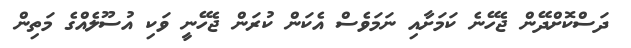
ދަސްކޮށްދޭން ޖެހޭނެ ކަމަށާއި ނަމަވެސް އެކަން ކުރަން ޖެހޭނީ ވަކި އުސޫލެއްގެ މަތިން